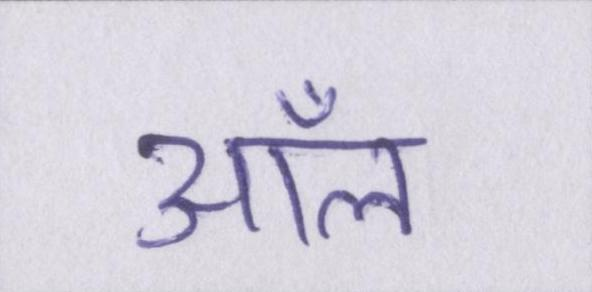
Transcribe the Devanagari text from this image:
ऑल